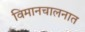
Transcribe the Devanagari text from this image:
विमानचालनात